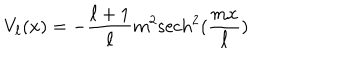
LaTeX: V _ { \ell } ( x ) = - \frac { \ell + 1 } { \ell } m ^ { 2 } \mathrm { s e c h } ^ { 2 } ( \frac { m x } { \ell } )